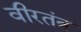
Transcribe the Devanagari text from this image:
वीरतंत्र